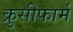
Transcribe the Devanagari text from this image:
क्रुसीफार्म